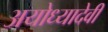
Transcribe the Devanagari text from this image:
अयोध्यादेवी